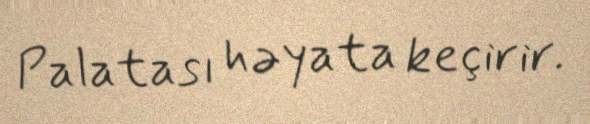
Palatası həyata keçirir.